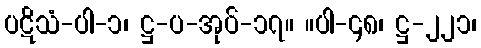
ပဋိသံ-ပါ-၁၊ ဋ္ဌ-ပ-အုပ်-၁၇။ ။ပါ-၄၈၊ ဋ္ဌ-၂၂၁၊